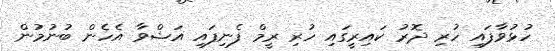
ހުޅުވާފައި ހުރި ދޮރު ކައިރީގައި ހުރި ރީމް ފެނިފައި އަޝްވާ އެހެން ބުނުމުން